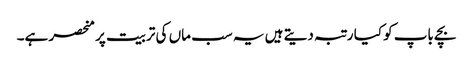
بچے باپ کو کیا رتبہ دیتے ہیں یہ سب ماں کی تربیت پر منحصر ہے۔